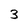
Character: 3